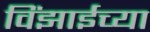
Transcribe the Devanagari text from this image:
विंझाईच्या